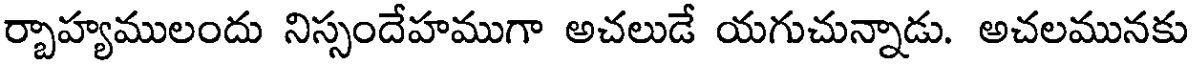
ర్చాహ్యములందు నిస్సందేహముగా అచలుడే యగుచున్నాడు. అచలమునకు